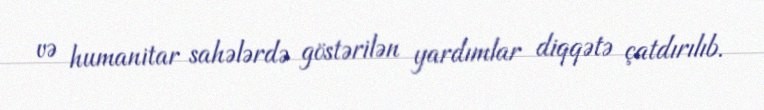
və humanitar sahələrdə göstərilən yardımlar diqqətə çatdırılıb.